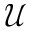
\mathcal { U }